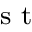
^ { \textrm { s t } }